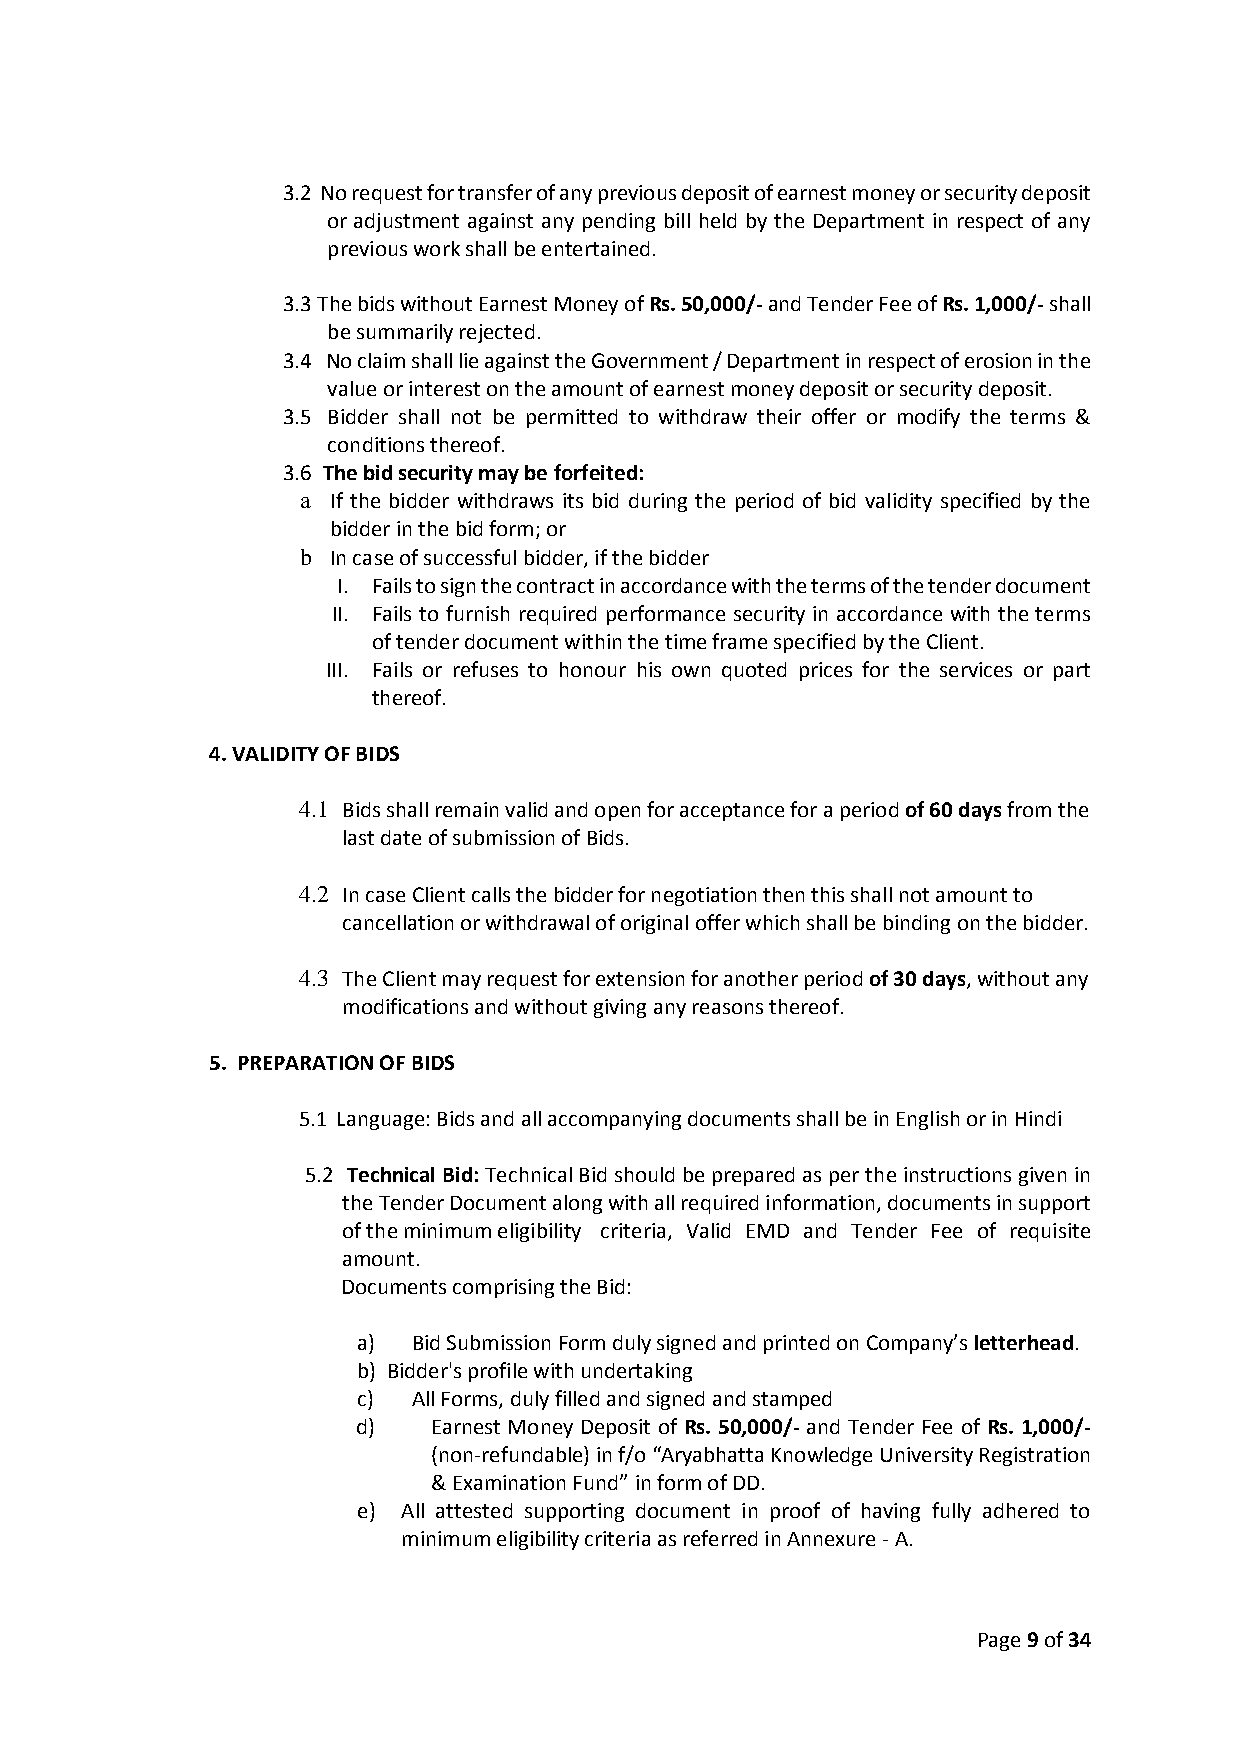
3.2 No request for transfer of any previous deposit of earnest money or security deposit
 or adjustment against any pending bill held by the Department in respect of any
 previous work shall be entertained.
 3.3 The bids without Earnest Money of Rs. 50,000/- and Tender Fee of Rs. 1,000/- shall
 be summarily rejected.
 3.4 No claim shall lie against the Government / Department in respect of erosion in the
 value or interest on the amount of earnest money deposit or security deposit.
 3.5 Bidder shall not be permitted to withdraw their offer or modify the terms &
 conditions thereof.
 3.6 The bid security may be forfeited:
 a If the bidder withdraws its bid during the period of bid validity specified by the
 bidder in the bid form; or
 b In case of successful bidder, if the bidder
 I. Fails to sign the contract in accordance with the terms of the tender document
 II. Fails to furnish required performance security in accordance with the terms
 of tender document within the time frame specified by the Client.
 III. Fails or refuses to honour his own quoted prices for the services or part
 thereof.
 4. VALIDITY OF BIDS
 4.1 Bids shall remain valid and open for acceptance for a period of 60 days from the
 last date of submission of Bids.
 4.2 In case Client calls the bidder for negotiation then this shall not amount to
 cancellation or withdrawal of original offer which shall be binding on the bidder.
 4.3 The Client may request for extension for another period of 30 days, without any
 modifications and without giving any reasons thereof.
 5. PREPARATION OF BIDS
 5.1 Language: Bids and all accompanying documents shall be in English or in Hindi
 5.2 Technical Bid: Technical Bid should be prepared as per the instructions given in
 the Tender Document along with all required information, documents in support
 of the minimum eligibility criteria, Valid EMD and Tender Fee of requisite
 amount.
 Documents comprising the Bid:
 a) Bid Submission Form duly signed and printed on Company’s letterhead.
 b) Bidder's profile with undertaking
 c) All Forms, duly filled and signed and stamped
 d)   Earnest Money Deposit of Rs. 50,000/- and Tender Fee of Rs. 1,000/-
 (non-refundable) in f/o “Aryabhatta Knowledge University Registration
 & Examination Fund” in form of DD.
 e) All attested supporting document in proof of having fully adhered to
 minimum eligibility criteria as referred in Annexure - A.
 Page 9 of 34